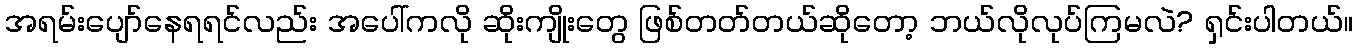
အရမ်းပျော်နေရရင်လည်း အပေါ်ကလို ဆိုးကျိုးတွေ ဖြစ်တတ်တယ်ဆိုတော့ ဘယ်လိုလုပ်ကြမလဲ? ရှင်းပါတယ်။